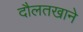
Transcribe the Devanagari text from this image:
दौलतखाने